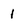
Character: 1